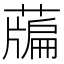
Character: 𦽃